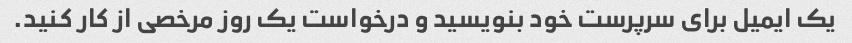
یک ایمیل برای سرپرست خود بنویسید و درخواست یک روز مرخصی از کار کنید.